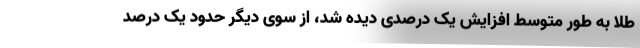
طلا به طور متوسط افزایش یک درصدی دیده شد، از سوی دیگر حدود یک درصد